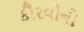
કૌરવોનો